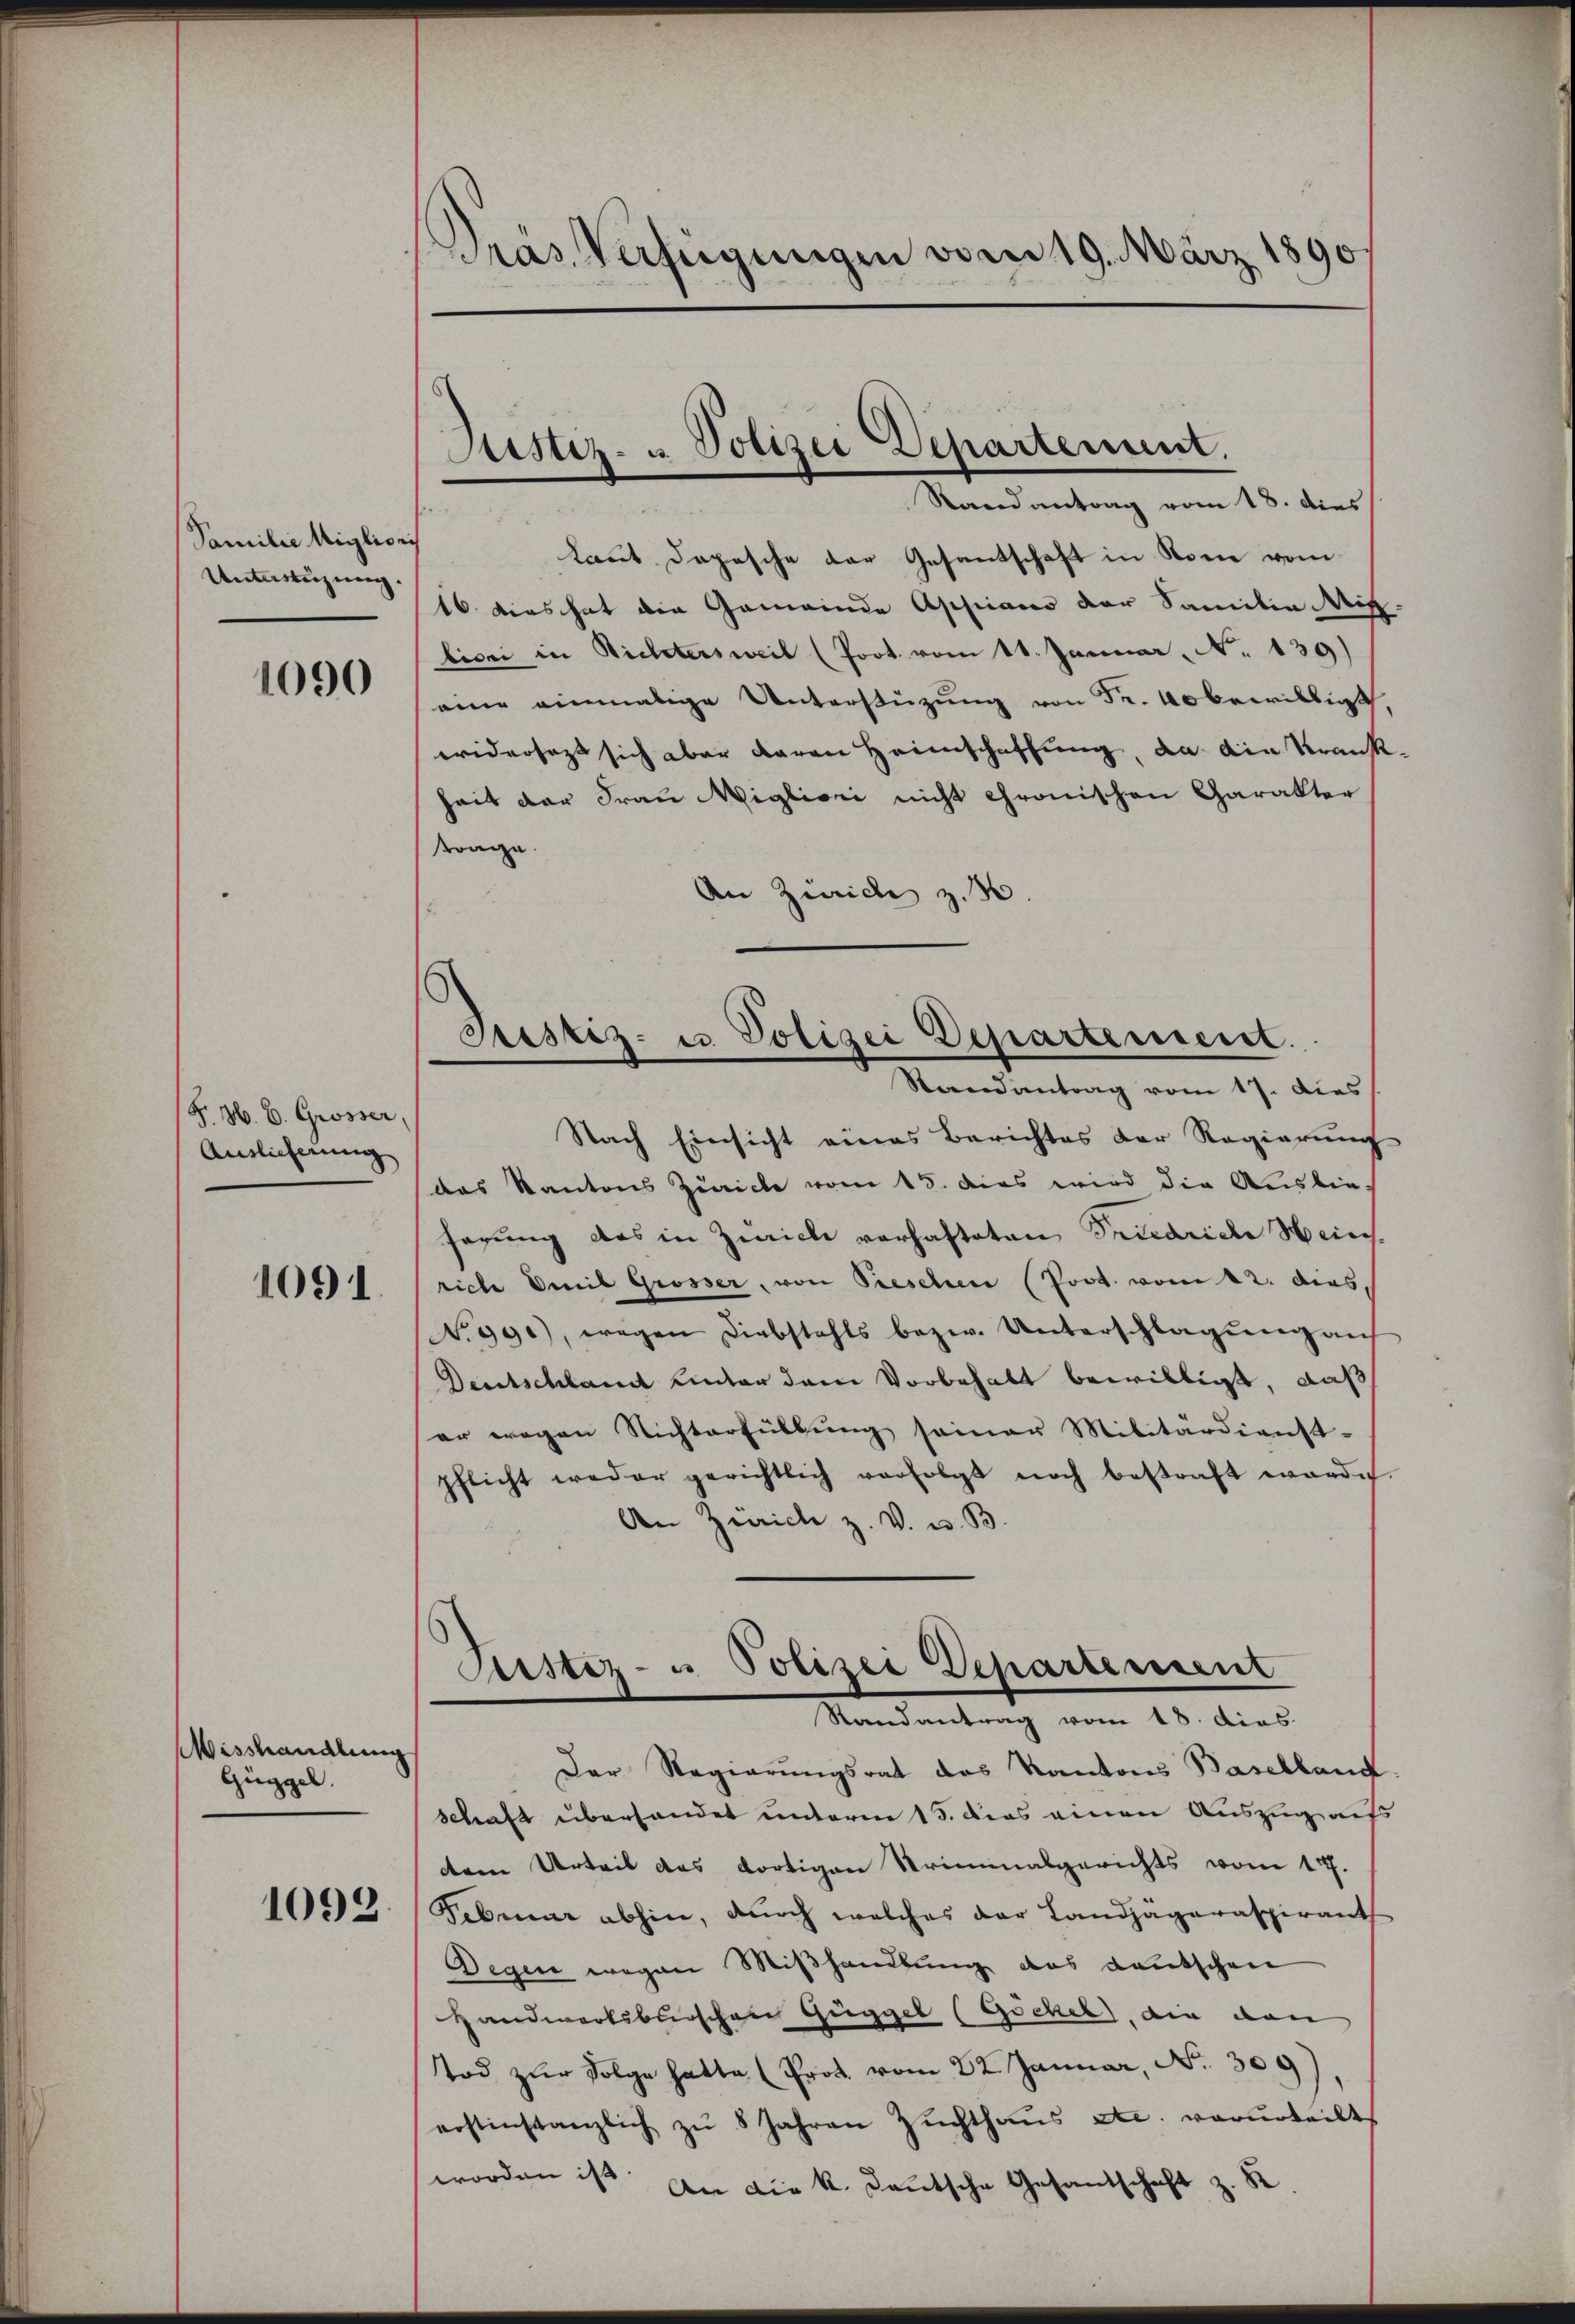
Familie Migliori
Unterstüzung.

1090

F. H. E. Grosser,
Auslicherung

1091

Misshandlung
Güggel

1092

pras Verfügungen vom 19. März 1890

Sistiz- u. Polizei Departement.
Randantrag vom 18. dies

laut Depesche der Gesantschaft in Rome vom
16. dies hat die Gemeinde Appiano der Samilie Mis
licei in Richtersweil (Prot. vom 11. Januar, No. 139)
eine einmalige Unterstüzung von Fr. 40 bewilligt
widersezt sich aber daran Heimschaffung, da die Krank
heit der Frau Migliori nicht chronischen Garakter
tange
An Zürich z. B.
Nach Einsicht eines Berichtes der Regierung
das Kantons Zürich vom 15. das wird die Ausbie-
ferung des in Zürich verhafteten Friedriche Weins.
riche Emil Grösser, von Preschen (Poot. vom 12. dies,
No 990), wegen Diebstahls bezw. Unterschlagung auf
Deutschland hinter dem Vorbehalt bewilligt, daß
er wegen Nichterfüllŭng seiner Militärdienst-
pflicht weder gerichtlich verfolgt noch bestraft worde
An Zürich z. V. u. B.
Custiz- u Polizei Departement
Randantrag vom 18. dies.
Der Regierungsrat des Kantons Baselland
schaft überhandet unterm 15. das einen Auszug aufs
dem Urteil das dortigen Striminalgerichts vom 17.
Februar abhin, durch welches der Landjägeraspirant
Degen wegen Mißhandlung das deutschen
Handwerksburschen Guggel (Göchel, die dan
Tod zŭr Folge hatte (Prot. vom 22. Januar, No. 309)
erstinstanzlich zŭ 8 Jahren Zŭchthaŭs etc. verurteilt
worden ist. An die k. Deutsche Gesandschaft z. B

Justiz- u Polizei Departement.
Randantrag vom 17. dies